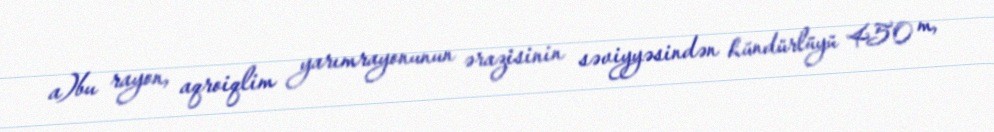
a)bu rayon, aqroiqlim yarımrayonunun ərazisinin səviyyəsindən hündürlüyü 450 m,